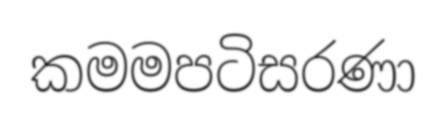
කමමපටිසරණා